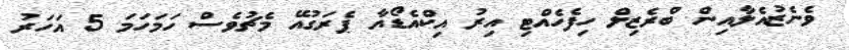
ވެނެޒުއެލާއިން ބްރެޒިލް ހިފެހެއްޓި އިރު އިކްއެޑޯއާ ޕެރަގުއޭ މެޗުވެސް ހަމަހަމަ 5 އަހަރު